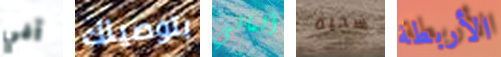
آفي بتوصيلك ألماني سخية الأربطة